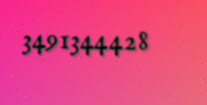
3491344428